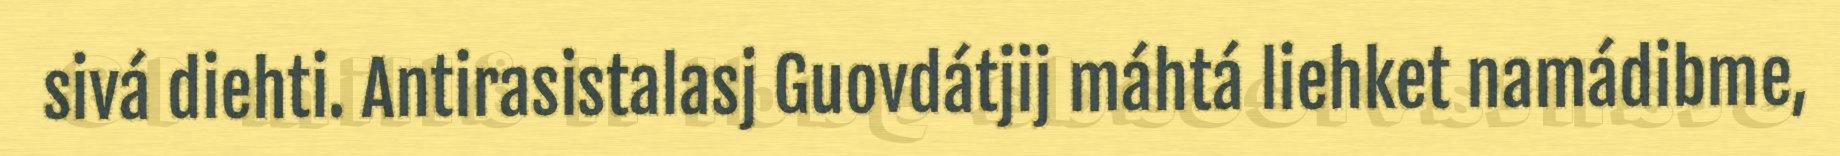
sivá diehti. Antirasistalasj Guovdátjij máhtá liehket namádibme,